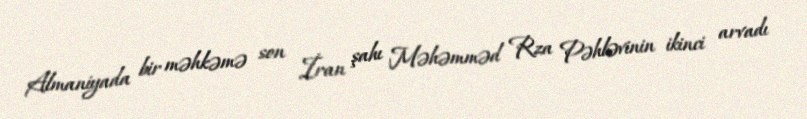
Almaniyada bir məhkəmə son İran şahı Məhəmməd Rza Pəhləvinin ikinci arvadı